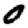
Digit: 0